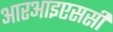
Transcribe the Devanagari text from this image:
आरआइएससी